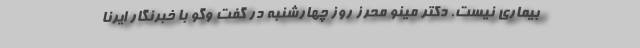
بیماری نیست. دکتر مینو محرز روز چهارشنبه در گفت وگو با خبرنگار ایرنا